Vaccination in Bombay 1924-1928 - 1924-1928
Year: 1924
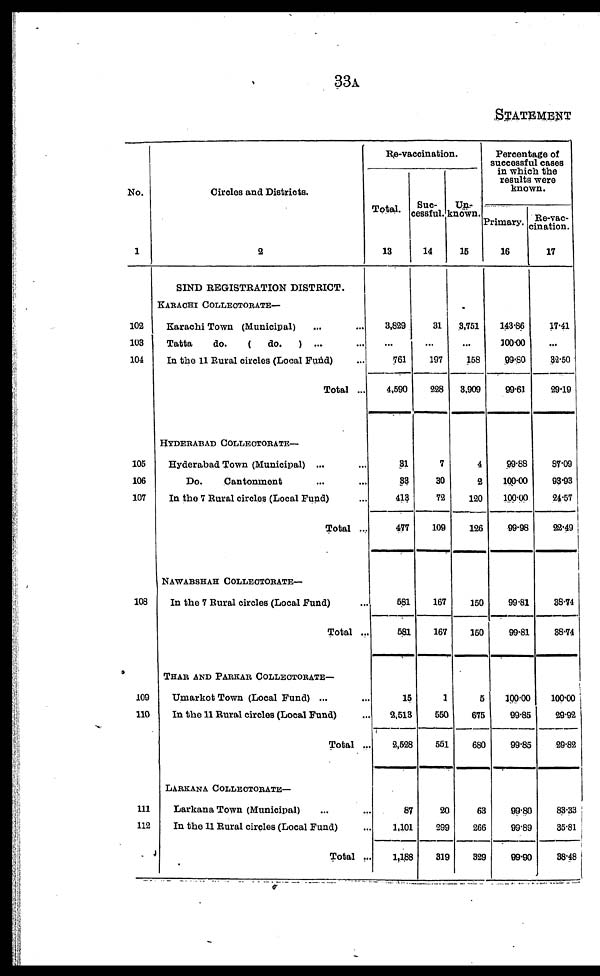
33A
STATEMENT
No.
1
102
103
104
106
106
107
108
109
110
111
112
Circles and Districts.
2
SIND REGISTRATION DISTRICT.
KARACHI COLLECTORATE—
Karachi Town (Municipal) ... ...
Tatta
do.
(
do.
) ... ...
In the 11 Rural circles (Local Fund) ...
Total ...
HYDERABAD COLLECTORATE—
Hyderabad Town (Municipal) ... ...
Do.
Cantonment ... ...
In the 7 Rural circles (Local Fund) ...
Total ....
NAWABSHAH COLLECTORATE—
In the 7 Rural circles (Local Fund) ...
Total ...
THAR AND PARKAR COLLECTORATE—
Umarkot Town (Local Fund) ...
In the 11 Rural circles (Local Fund) ...
Total ...
LARKANA COLLECTORATE—
Larkana Town (Municipal) ...
In the 11 Rural circles (Local Fund) ...
Total ...
Re-vaccination.
Total.
13
3,829
...
761
4,590
31
33
413
477
581
581
15
2,513
2,528
87
1,101
1,188
Suc-
cessful.
14
31
...
197
228
7
30
72
109
167
167
1
550
551
20
299
319
Un-
known.
15
3,751
...
158
3,909
4
2
120
126
150
150
5
675
680
63
266
329
Percentage of
successful cases
in which the
results were
known.
Primary.
16
143.86
100.00
99.80
99.61
99.88
100.00
100.00
99.96
99.81
99.81
100.00
99.85
99.85
99.80
99.89
99.90
Re-vac¬
cination.
17
17.41
...
82.50
29.19
87.09
93.93
24.57
22.49
38.74
38.74
100.00
29.92
29.82
83.33
35.81
38.48